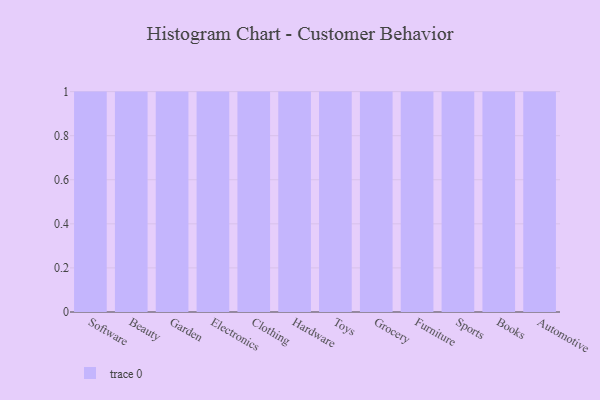
{"axis": {"x": "Category", "y": "Satisfaction Score"}, "legend": [""], "data": [{"x": "Software", "y": 67, "type": ""}, {"x": "Beauty", "y": 88, "type": ""}, {"x": "Garden", "y": 25, "type": ""}, {"x": "Electronics", "y": 48, "type": ""}, {"x": "Clothing", "y": 66, "type": ""}, {"x": "Hardware", "y": 36, "type": ""}, {"x": "Toys", "y": 59, "type": ""}, {"x": "Grocery", "y": 77, "type": ""}, {"x": "Furniture", "y": 74, "type": ""}, {"x": "Sports", "y": 61, "type": ""}, {"x": "Books", "y": 45, "type": ""}, {"x": "Automotive", "y": 94, "type": ""}]}